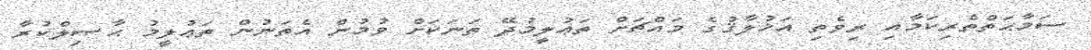
ސަމާޙަތްތެރިކަމާއި ރިވެތި އަޚުލާޤުގެ މައްޗަށް ތަޢުލީމުދޭ ތަނަކަށް ވުމުން އެތަނުން ތަޢުލީމު ޙާޞިލްކުރާ